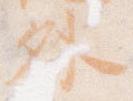
外